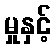
မှုနှင့်